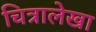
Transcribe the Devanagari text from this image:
चित्रालेखा